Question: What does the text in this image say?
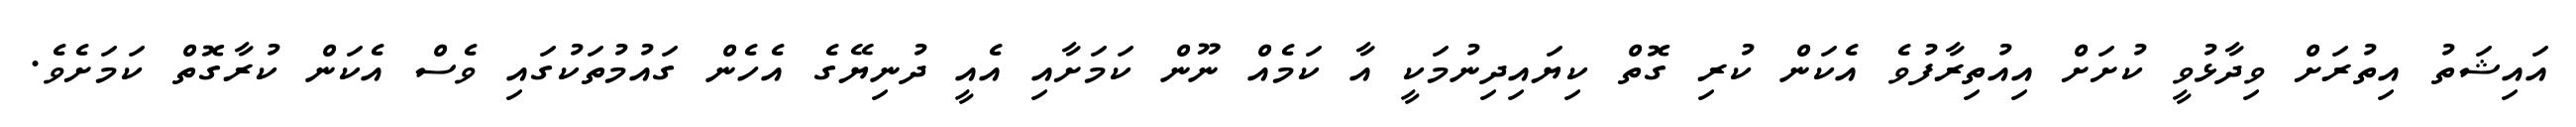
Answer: އައިޝަތު އިތުރަށް ވިދާޅުވީ ކުށަށް އިއުތިރާފުވެ އެކަން ކުރި ގޮތް ކިޔައިދިނުމަކީ އާ ކަމެއް ނޫން ކަމަށާއި އެއީ ދުނިޔޭގެ އެހެން ގައުމުތަކުގައި ވެސް އެކަން ކުރާގޮތް ކަމަށެވެ.